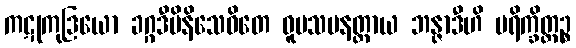
ကဋုကုဒြယော ခဂ္ဂဒီပိနိသေဝိတေ ဝူပသမနတ္ထာယ ဘန္ဇာဒီဟိ ပရိက္ခိတ္တဉ္စ